Vaccine operations Central Provinces & Berar 1912-1920 - 1912-1920
Year: 1912
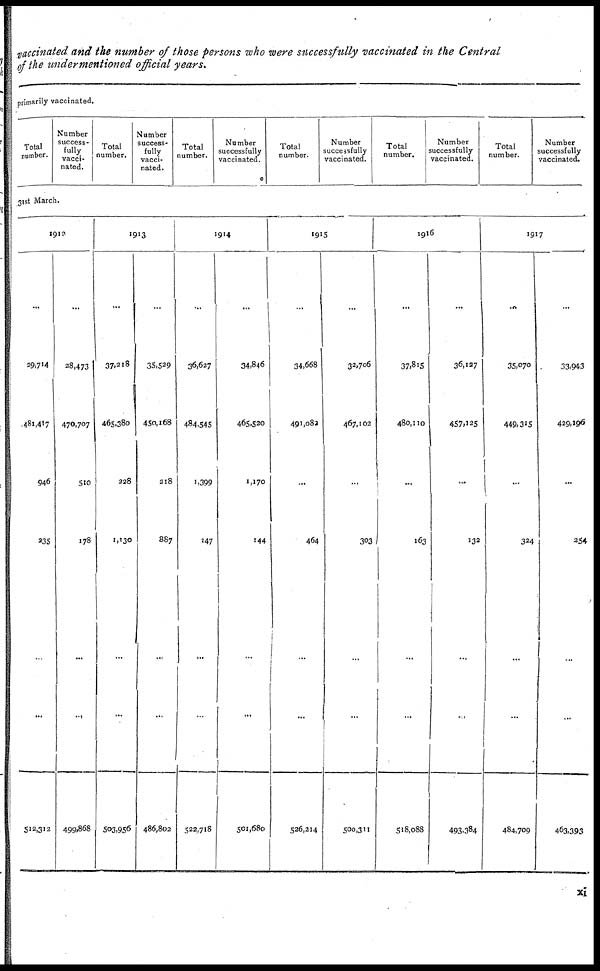
vaccinated and the number of those persons who were successfully vaccinated in the Central
of the undermentioned official years.
primarily vaccinated.
Total
number.
Number
success-
fully
vacci-
nated.
Total
number.
Number
success-
fully
vacci-
nated.
Total
number.
Number
successfully
vaccinated.
Total
number.
Number
successfully
vaccinated.
Total
number.
Number
successfully
vaccinated.
Total
number.
Number
successfully
vaccinated.
31st March.
1912
...
29,714
481,417
946
235
...
...
512,312
...
28,473
470,707
510
178
...
...
499,868
1913
...
37,218
465,380
228
1,130
...
...
503,956
...
35,529
450,168
218
887
...
...
486,802
1914
...
36,627
484,545
1,399
147
...
...
522,718
...
34,846
465,520
1,170
144
...
...
501,680
1915
...
34,668
491,082
...
464
...
...
526,214
...
32,706
467,102
...
303
...
...
500,311
1916
...
37,815
480,110
...
163
...
...
518,088
...
36,127
457,125
...
132
...
...
493,384
1917
...
35,070
449,315
...
324
...
...
484,709
...
33,943
429, 196
...
254
...
...
463,393
xi